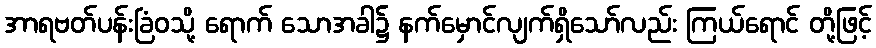
အာရဗတ်ပန်းခြံဝသို့ ရောက် သောအခါ၌ နက်မှောင်လျက်ရှိသော်လည်း ကြယ်ရောင် တို့ဖြင့်